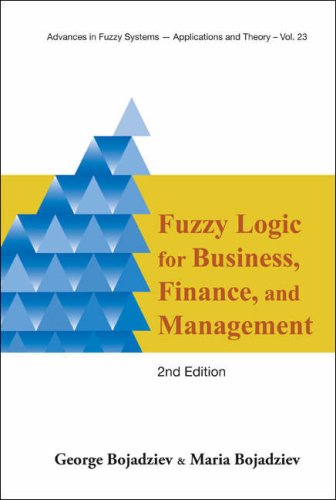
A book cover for Fuzzy Logic for Business, Finance, and Management (Advances in Fuzzy Systems U Applications and Theory) (Advances in Fuzzy Systems - Applications and Theory); George Bojadziev; Computers & Technology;